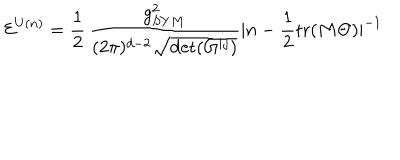
{ \cal E } ^ { U ( n ) } = \frac { 1 } { 2 } \, \frac { g _ { S Y M } ^ { 2 } } { ( 2 \pi ) ^ { d - 2 } \sqrt { \det ( G ^ { i j } ) } } | n - \frac { 1 } { 2 } \mathrm { t r } ( M \Theta ) | ^ { - 1 } \,